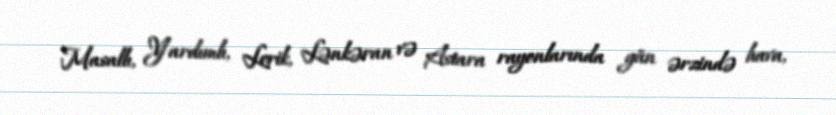
Masallı, Yardımlı, Lerik, Lənkəran və Astara rayonlarında gün ərzində hava,